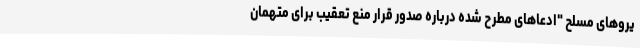
یروهای مسلح "ادعاهای مطرح شده درباره صدور قرار منع تعقیب برای متهمان